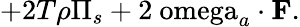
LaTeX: +2T\rho\Pi_{s}+2\mathrm{\ omega}_{a}\cdot\mathbf{F}.